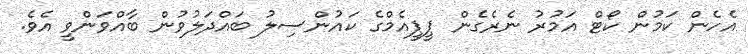
އެހެން ކަމުން ކޯޓް އަމުރު ނެރެގެން ޕީޕީއެމްގެ ކައުންސިލު ބައްދަލުވުން ބާއްވަންވީ އެވެ.